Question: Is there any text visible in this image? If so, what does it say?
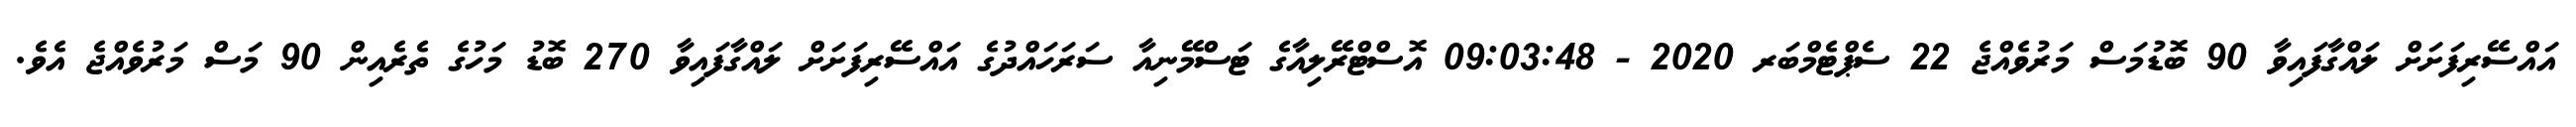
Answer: އައްސޭރިފަށަށް ލައްގާފައިވާ 90 ބޮޑުމަސް މަރުވެއްޖެ 22 ސެޕްޓެމްބަރ 2020 - 09:03:48 އޮސްޓްރޭލިއާގެ ޓަސްމޭނިއާ ސަރަހައްދުގެ އައްސޭރިފަށަށް ލައްގާފައިވާ 270 ބޮޑު މަހުގެ ތެރެއިން 90 މަސް މަރުވެއްޖެ އެވެ.